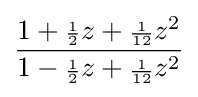
{\frac {1+{\scriptstyle {\frac {1}{2}}}z+{\scriptstyle {\frac {1}{12}}}z^{2}}{1-{\scriptstyle {\frac {1}{2}}}z+{\scriptstyle {\frac {1}{12}}}z^{2}}}